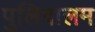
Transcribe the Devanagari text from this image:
पुलिवालम